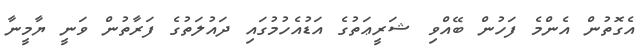
އެގޮތުން އެންމެ ފަހުން ބޭއްވި ޝަރީޢަތުގެ އަޑުއެހުމުގައި ދައުލަތުގެ ފަރާތުން ވަނީ ޔާމީނާ